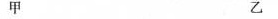
甲 乙